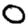
Digit: 0